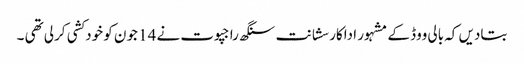
بتادیں کہ بالی ووڈ کے مشہور اداکار سشانت سنگھ راجپوت نے 14 جون کو خودکشی کرلی تھی ۔